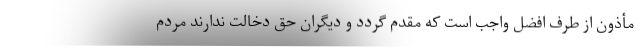
مأذون از طرف افضل واجب است که مقدم گردد و دیگران حق دخالت ندارند مردم